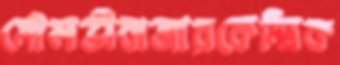
মৌলভীবাজারকেন্দ্রিক